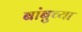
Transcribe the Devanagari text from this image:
बांबुच्या